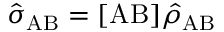
\hat { \sigma } _ { \mathrm { A B } } = [ \mathrm { A B } ] \hat { \rho } _ { \mathrm { A B } }